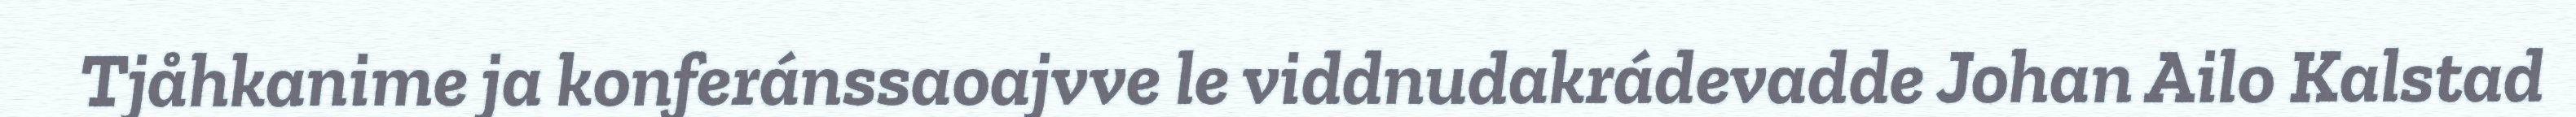
Tjåhkanime ja konferánssaoajvve le viddnudakrádevadde Johan Ailo Kalstad